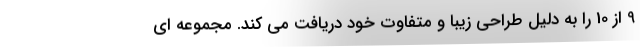
9 از 10 را به دلیل طراحی زیبا و متفاوت خود دریافت می کند. مجموعه ای